Leaving Certificate Examination, 1922
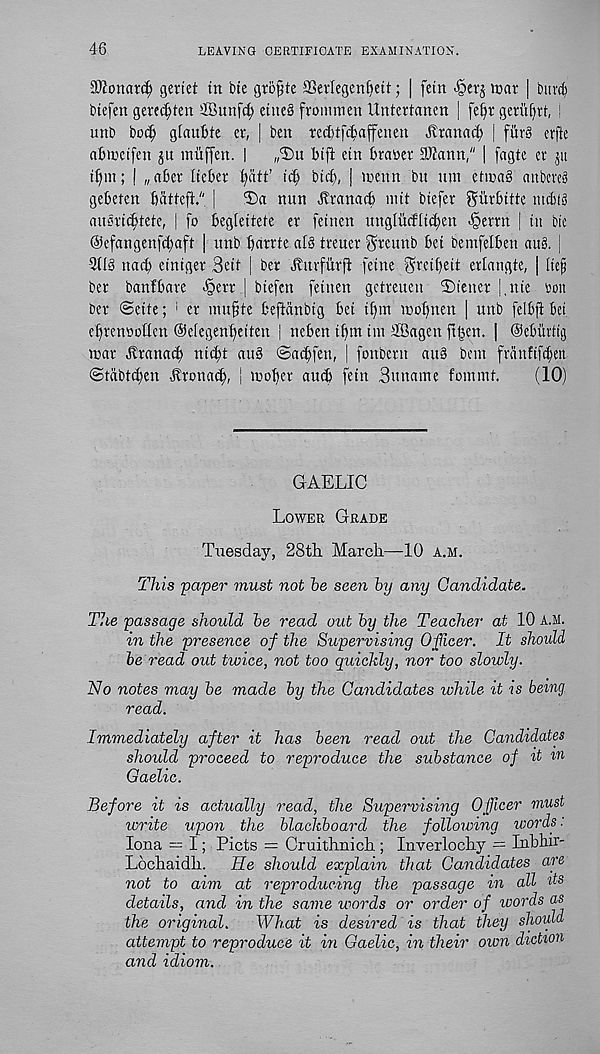
46
LEAVING CERTIFICATE EXAMINATION.
SJiowitcf) gertet in bie gro§te aSevfegenfictt; | fetn -§erj war | biivti
btefen gere^ten ®unfd; etne§ frommen Untcrtanen | fe^r geritfytt,
unb bo^ gtaubtc er, | ben recfjtfc^affenen Jtranad; j fur§ erjie
abmetfen ju miiffen. I
„2)u bifi etn braoer SJJann," | fagte er 511
tinn; I „aber Itcber i)att’ id) bid), | wenn bn urn etwa§ anbere§
gebeten battefi." |
Sa nun itranacb niit biefer gurbitie mdiig
auericbtete, | fo begleitete er feinen ungliicfli^en <§errn | in bie
@efangenfd;aft | unb bntrte al§ treuer $reunb bet bemfelben au§. |
-2(I§ nad) etniger Beit | ber Jlurfilrfi feine ^reibeit erlangte, | lief
ber banfbare -§err j biefen feinen getreuen Wiener |,nie son
ber ©cite; 1 er mufste beftanbig bet ifun wobnen ] unb felbft bet
ebrenwottcn Oelegenbeiten | ncben ibnt im 2Bagen ftben. | Oeburtig
war jlranatb nicbt au§ ©acbfen, | fonbern att§ bent franfifcfett
©tabttben itronatb, ! wober aud) fein Buname fommt.
(10)
GAELIC
Lower Grade
Tuesday, 28th. March—10 a.m.
This paper must not he seen by any Candidate.
The passage should he read out hy the Teacher at 10 A.M.
in the presence of the Supervising 0fleer. It should
be read out twice, not too quickly, nor too slowly.
No notes may he made hy the Candidates while it is being
read.
Immediately after it has been read out the Ca7ididates
should proceed to reproduce the substance of it m
Gaelic.
Before it is actually read, the Supervising Officer must
write upon the blackboard the following words:
Iona = I; Piets = Cruithnich ; Inverlochy = Inbhir-
Lochaidh.
He should explain that Candidates are
not to aim at reproducing the passage in all d s
details, and in the same words or order of words as
the original.
What is desired is that they should
attempt to reproduce it in Gaelic, in their own diction
and idiom.